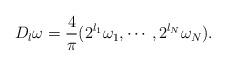
LaTeX: \begin{align*}D_l\omega=\frac{4}{\pi}(2^{l_1}\omega_1,\cdots,2^{l_N}\omega_N).\end{align*}